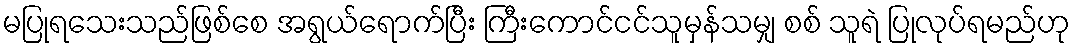
မပြုရသေးသည်ဖြစ်စေ အရွယ်ရောက်ပြီး ကြီးကောင်ငင်သူမှန်သမျှ စစ် သူရဲ ပြုလုပ်ရမည်ဟု